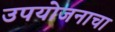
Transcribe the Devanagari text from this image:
उपयोजनाचा